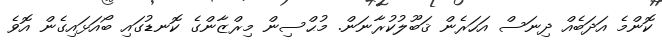
ކޮންމެ އަދަބެއް ދިނަސް އަހަރެން ޤަބޫލުކުރާނަން. މުޙްސިން މިރްޒާންގެ ކޮނޑުގައި ބޯއަޅައިގެން އޮވެ